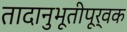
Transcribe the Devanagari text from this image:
तादानुभूतीपूर्वक